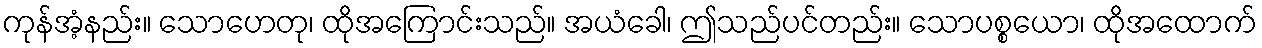
ကုန်အံ့နည်း။ သောဟေတု၊ ထိုအကြောင်းသည်။ အယံခေါ၊ ဤသည်ပင်တည်း။ သောပစ္စယော၊ ထိုအထောက်